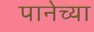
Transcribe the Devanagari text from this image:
पानेच्या